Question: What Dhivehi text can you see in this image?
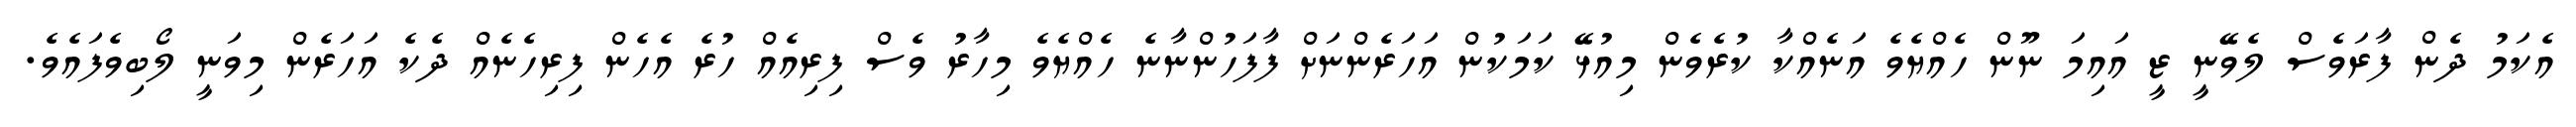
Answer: އެކަމު ދެން ފާރަވެސް ލެވޭނީ ޒީ އައިމަ ނޫން ހެއްޔެވެ އަނެއްކާ ކުރެވެން މިއުޅޭ ކަމަކުން އަހަރެންނަށް ފާފަހުންނާނެ ހެއްޔެވެ މިހާރު ވެސް ފިރިއެއް ހުރެ އެހެން ފިރިހެނެއް ދެކެ އަހަރެން މިވަނީ ލޯބިވެފައެވެ.